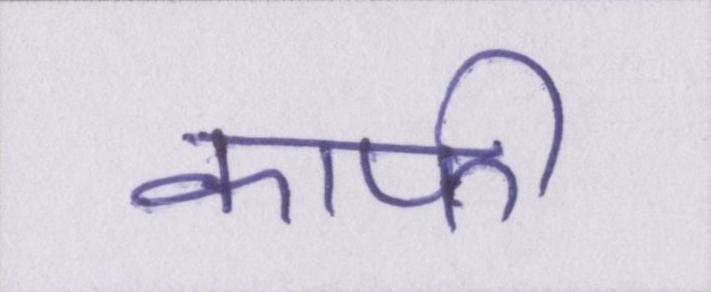
काफी